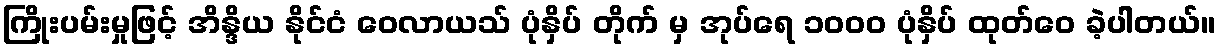
ကြိုးပမ်းမှုဖြင့် အိန္ဒိယ နိုင်ငံ ဝေလာယသ် ပုံနှိပ် တိုက် မှ အုပ်ရေ ၁၀၀၀ ပုံနှိပ် ထုတ်ဝေ ခဲ့ပါတယ်။